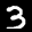
Label: 3